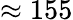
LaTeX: \approx 155